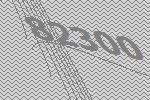
82300